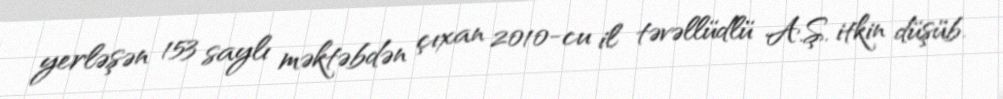
yerləşən 153 saylı məktəbdən çıxan 2010-cu il təvəllüdlü A.Ş. itkin düşüb.